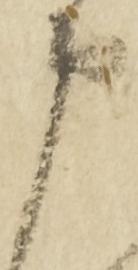
申